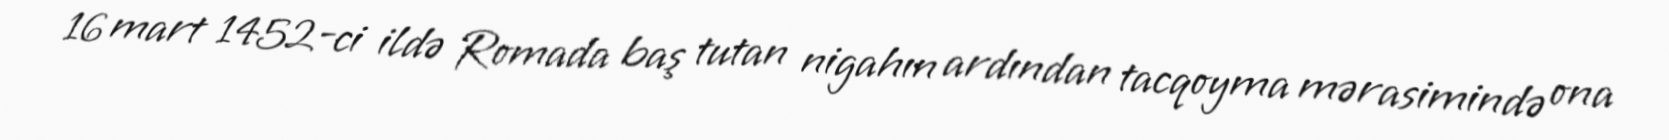
16 mart 1452-ci ildə Romada baş tutan nigahın ardından tacqoyma mərasimində ona